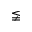
\lneqq